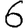
Digit: 6